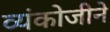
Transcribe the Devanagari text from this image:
व्यंकोजीने